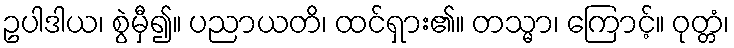
ဥပါဒါယ၊ စွဲမှီ၍။ ပညာယတိ၊ ထင်ရှား၏။ တသ္မာ၊ ကြောင့်။ ဝုတ္တံ၊